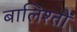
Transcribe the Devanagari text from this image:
बालिश्तों